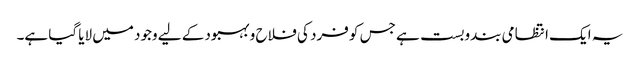
یہ ایک انتظامی بندوبست ہے جس کو فرد کی فلاح و بہبود کے لیے وجود میں لایا گیا ہے۔